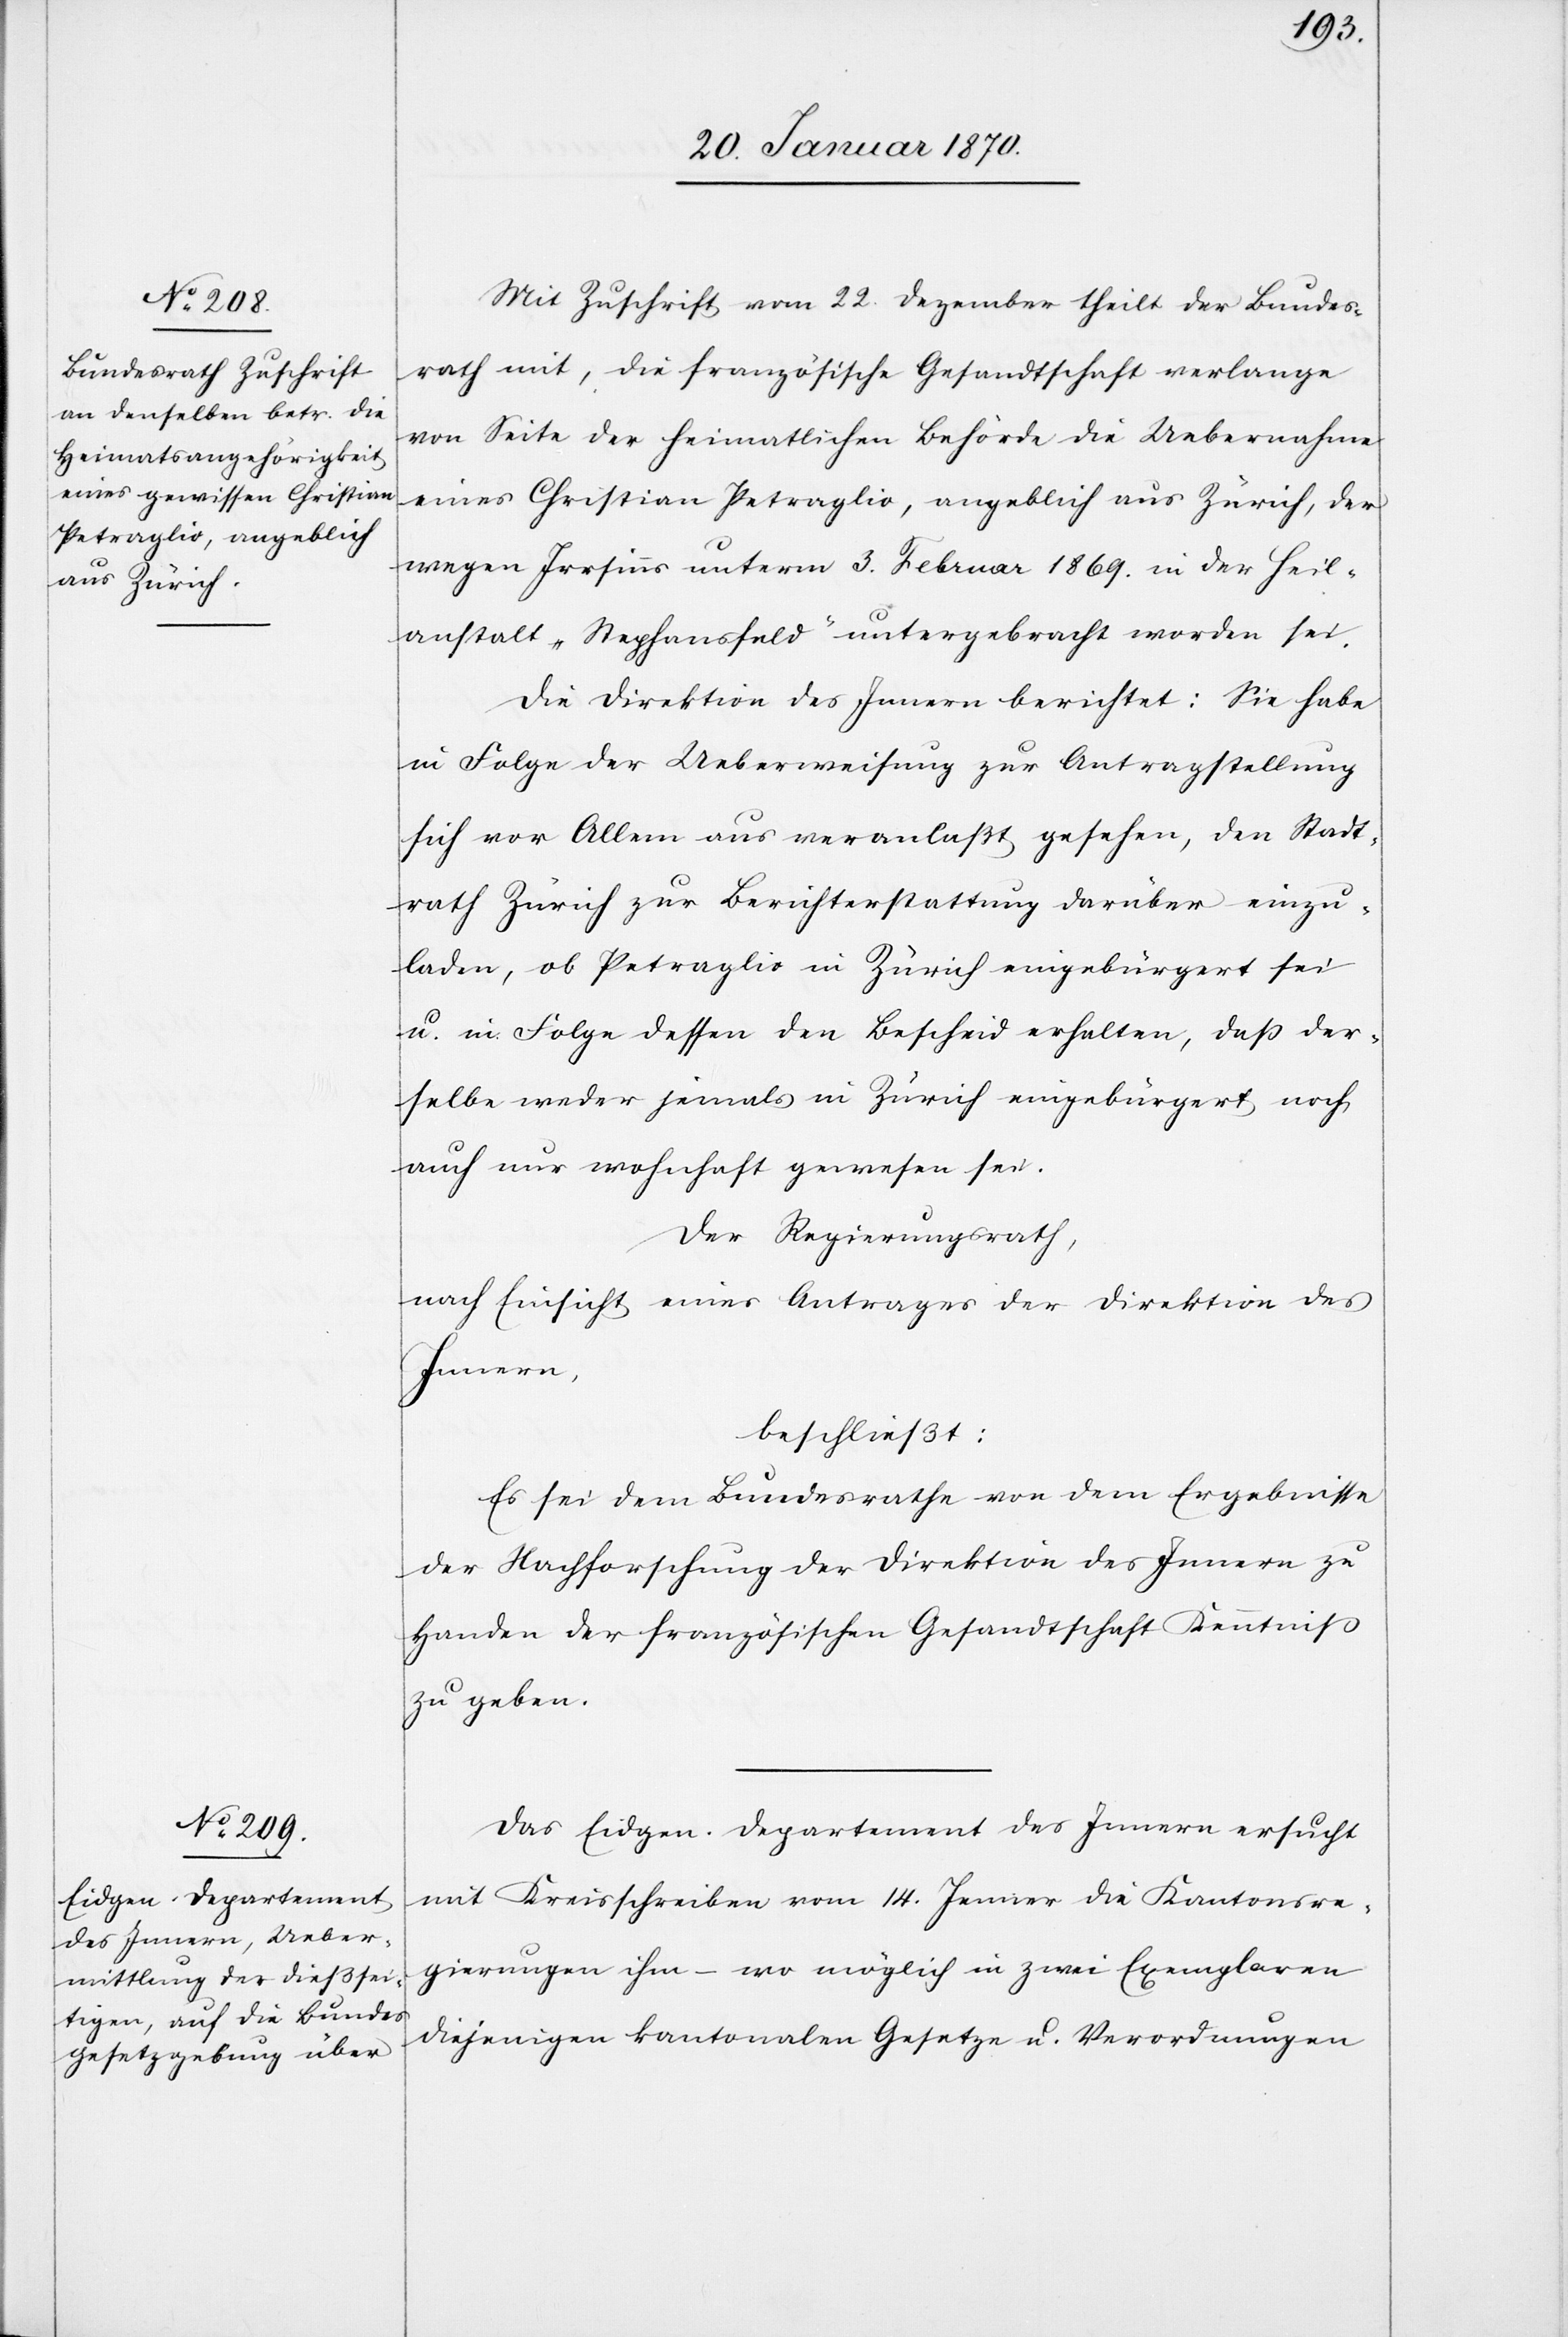
Mit Zuschrift vom 22. Dezember theilt der Bundes¬
rath mit, die französische Gesandtschaft verlange
von Seite der heimatlichen Behörde die Uebernahme
eines Christian Petraglio, angeblich aus Zürich, der
wegen Irrsinns unterm 3. Februar 1869. in der Heil¬
anstalt „Stephansfeld“ untergebracht worden sei.
Die Direktion des Innern berichtet: Sie habe
in Folge der Ueberweisung zur Antragstellung
sich vor Allem aus veranlaßt gesehen, den Stadt¬
rath Zürich zur Berichterstattung darüber einzu¬
laden, ob Petraglio in Zürich eingebürgert sei
u. in Folge dessen den Bescheid erhalten, daß der¬
selbe weder jemals in Zürich eingebürgert noch
auch nur wohnhaft gewesen sei.
Der Regierungsrath,
nach Einsicht eines Antrages der Direktion des
Innern
beschließt:
Es sei dem Bundesrathe von dem Ergebnisse
der Nachforschung der Direktion des Innern zu
Handen der französischen Gesandtschaft Kenntniß
zu geben.
Das Eidgen. Departement des Innern ersucht
mit Kreisschreiben vom 14. Januar die Kantonsre¬
gierungen ihm – wo möglich in zwei Exemplaren
diejenigen kantonalen Gesetze u. Verordnungen